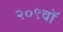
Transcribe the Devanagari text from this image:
२०९वॉ